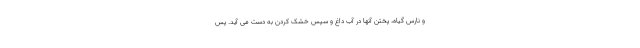
و نارس گیاه، پختن آنها در آب داغ و سپس خشک کردن به دست می آید. پس